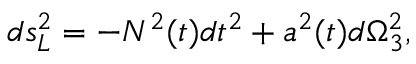
d s _ { L } ^ { 2 } = - N ^ { 2 } ( t ) d t ^ { 2 } + a ^ { 2 } ( t ) d \Omega _ { 3 } ^ { 2 } ,